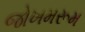
જોખમરૂમ